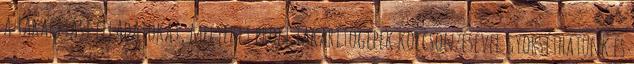
a takarítási feladatokat, melyeket profi takarítógépek kölcsönzésével gyorsíthatunk és